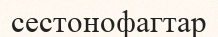
сестонофагтар